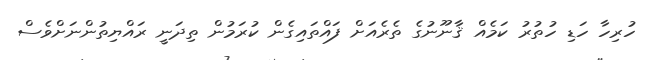
ހުރިހާ ހަޑި ހުތުރު ކަމެއް ޤާނޫނުގެ ތެރެއަށް ފައްތައިގެން ކުރަމުން ތިދަނީ ރައްޔިތުންނަށްވެސް